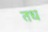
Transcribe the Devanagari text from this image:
तध